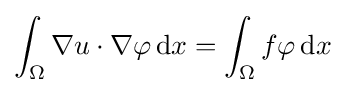
\int _{\Omega }\nabla u\cdot \nabla \varphi \,\mathrm {d} x=\int _{\Omega }f\varphi \,\mathrm {d} x